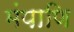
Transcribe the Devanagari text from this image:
मंपाणि